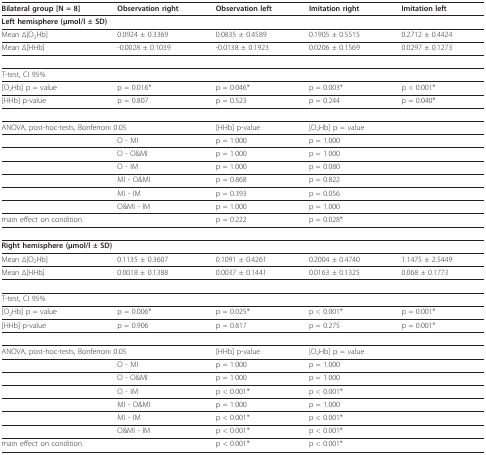
<table><thead><tr><td><b>Bilateral group [N = 8]</b></td><td><b>Observation right</b></td><td><b>Observation left</b></td><td><b>Imitation right</b></td><td><b>Imitation left</b></td></tr></thead><tbody><tr><td colspan="5"><b>Left hemisphere (μmol/l ± SD)</b></td></tr><tr><td>Mean Δ[O<sub>2</sub>Hb]</td><td>0.0924 ± 0.3369</td><td>0.0835 ± 0.4589</td><td>0.1905 ± 0.5515</td><td>0.2712 ± 0.4424</td></tr><tr><td>Mean Δ[HHb]</td><td>-0.0028 ± 0.1039</td><td>-0.0138 ± 0.1923</td><td>0.0206 ± 0.1569</td><td>0.0297 ± 0.1273</td></tr><tr><td>T-test, CI 95%</td><td></td><td></td><td></td><td></td></tr><tr><td>[O<sub>2</sub>Hb] p = value</td><td>p = 0.016*</td><td>p = 0.046*</td><td>p = 0.003*</td><td>p &lt; 0.001*</td></tr><tr><td>[HHb] p-value</td><td>p = 0.807</td><td>p = 0.523</td><td>p = 0.244</td><td>p = 0.040*</td></tr><tr><td colspan="2">ANOVA, post-hoc-tests, Bonferroni 0.05</td><td>[HHb] p-value</td><td>[O<sub>2</sub>Hb] p = value</td><td></td></tr><tr><td></td><td>O - MI</td><td>p = 1.000</td><td>p = 1.000</td><td></td></tr><tr><td></td><td>O - O&amp;MI</td><td>p = 1.000</td><td>p = 1.000</td><td></td></tr><tr><td></td><td>O - IM</td><td>p = 1.000</td><td>p = 0.080</td><td></td></tr><tr><td></td><td>MI - O&amp;MI</td><td>p = 0.868</td><td>p = 0.822</td><td></td></tr><tr><td></td><td>MI - IM</td><td>p = 0.393</td><td>p = 0.056</td><td></td></tr><tr><td></td><td>O&amp;MI - IM</td><td>p = 1.000</td><td>p = 1.000</td><td></td></tr><tr><td colspan="2">main effect on condition</td><td>p = 0.222</td><td>p = 0.028*</td><td></td></tr><tr><td colspan="5"><b>Right hemisphere (μmol/l ± SD)</b></td></tr><tr><td>Mean Δ[O<sub>2</sub>Hb]</td><td>0.1135 ± 0.3607</td><td>0.1091 ± 0.4261</td><td>0.2004 ± 0.4740</td><td>1.1475 ± 2.5449</td></tr><tr><td>Mean Δ[HHb]</td><td>0.0018 ± 0.1388</td><td>0.0037 ± 0.1441</td><td>0.0163 ± 0.1325</td><td>0.068 ± 0.1773</td></tr><tr><td>T-test, CI 95%</td><td></td><td></td><td></td><td></td></tr><tr><td>[O<sub>2</sub>Hb] p = value</td><td>p = 0.006*</td><td>p = 0.025*</td><td>p &lt; 0.001*</td><td>p = 0.001*</td></tr><tr><td>[HHb] p-value</td><td>p = 0.906</td><td>p = 0.817</td><td>p = 0.275</td><td>p = 0.001*</td></tr><tr><td colspan="2">ANOVA, post-hoc-tests, Bonferroni 0.05</td><td>[HHb] p-value</td><td>[O<sub>2</sub>Hb] p = value</td><td></td></tr><tr><td></td><td>O - MI</td><td>p = 1.000</td><td>p = 1.000</td><td></td></tr><tr><td></td><td>O - O&amp;MI</td><td>p = 1.000</td><td>p = 1.000</td><td></td></tr><tr><td></td><td>O - IM</td><td>p &lt; 0.001*</td><td>p &lt; 0.001*</td><td></td></tr><tr><td></td><td>MI - O&amp;MI</td><td>p = 1.000</td><td>p = 1.000</td><td></td></tr><tr><td></td><td>MI - IM</td><td>p &lt; 0.001*</td><td>p &lt; 0.001*</td><td></td></tr><tr><td></td><td>O&amp;MI - IM</td><td>p &lt; 0.001*</td><td>p &lt; 0.001*</td><td></td></tr><tr><td colspan="2">main effect on condition</td><td>p &lt; 0.001*</td><td>p &lt; 0.001*</td><td></td></tr></tbody></table>